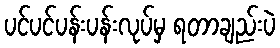
ပင်ပင်ပန်းပန်းလုပ်မှ ရတာချည်းပဲ